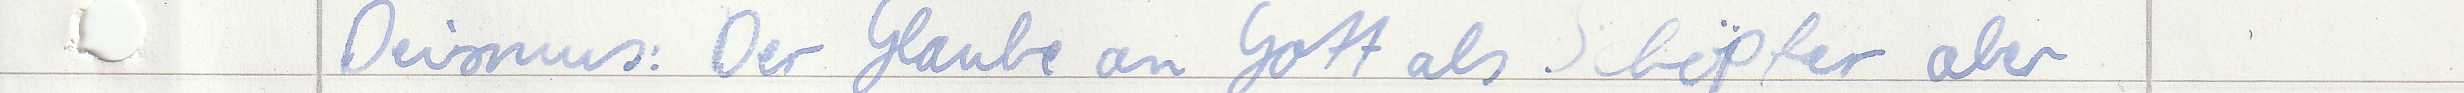
Deismus: Der Glaube an Gott als Schöpfer aber